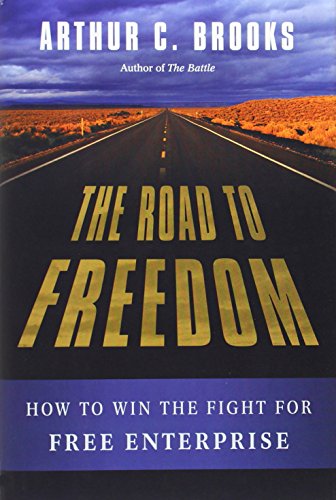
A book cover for The Road to Freedom: How to Win the Fight for Free Enterprise; Arthur C. Brooks; Business & Money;